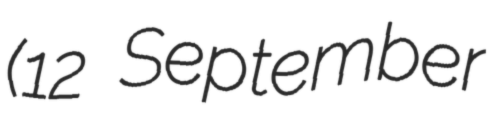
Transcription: (12 September